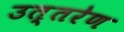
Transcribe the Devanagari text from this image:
उत्तरेण